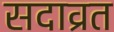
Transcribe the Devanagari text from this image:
सदाव्रत